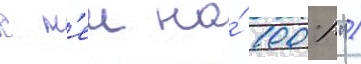
с н'еи на́ 100%")